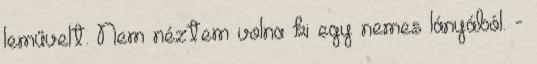
leművelt. Nem néztem volna ki egy nemes lányából. -